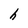
Character: h